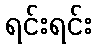
ရင်းရင်း